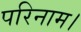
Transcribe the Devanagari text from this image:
परिनाम।